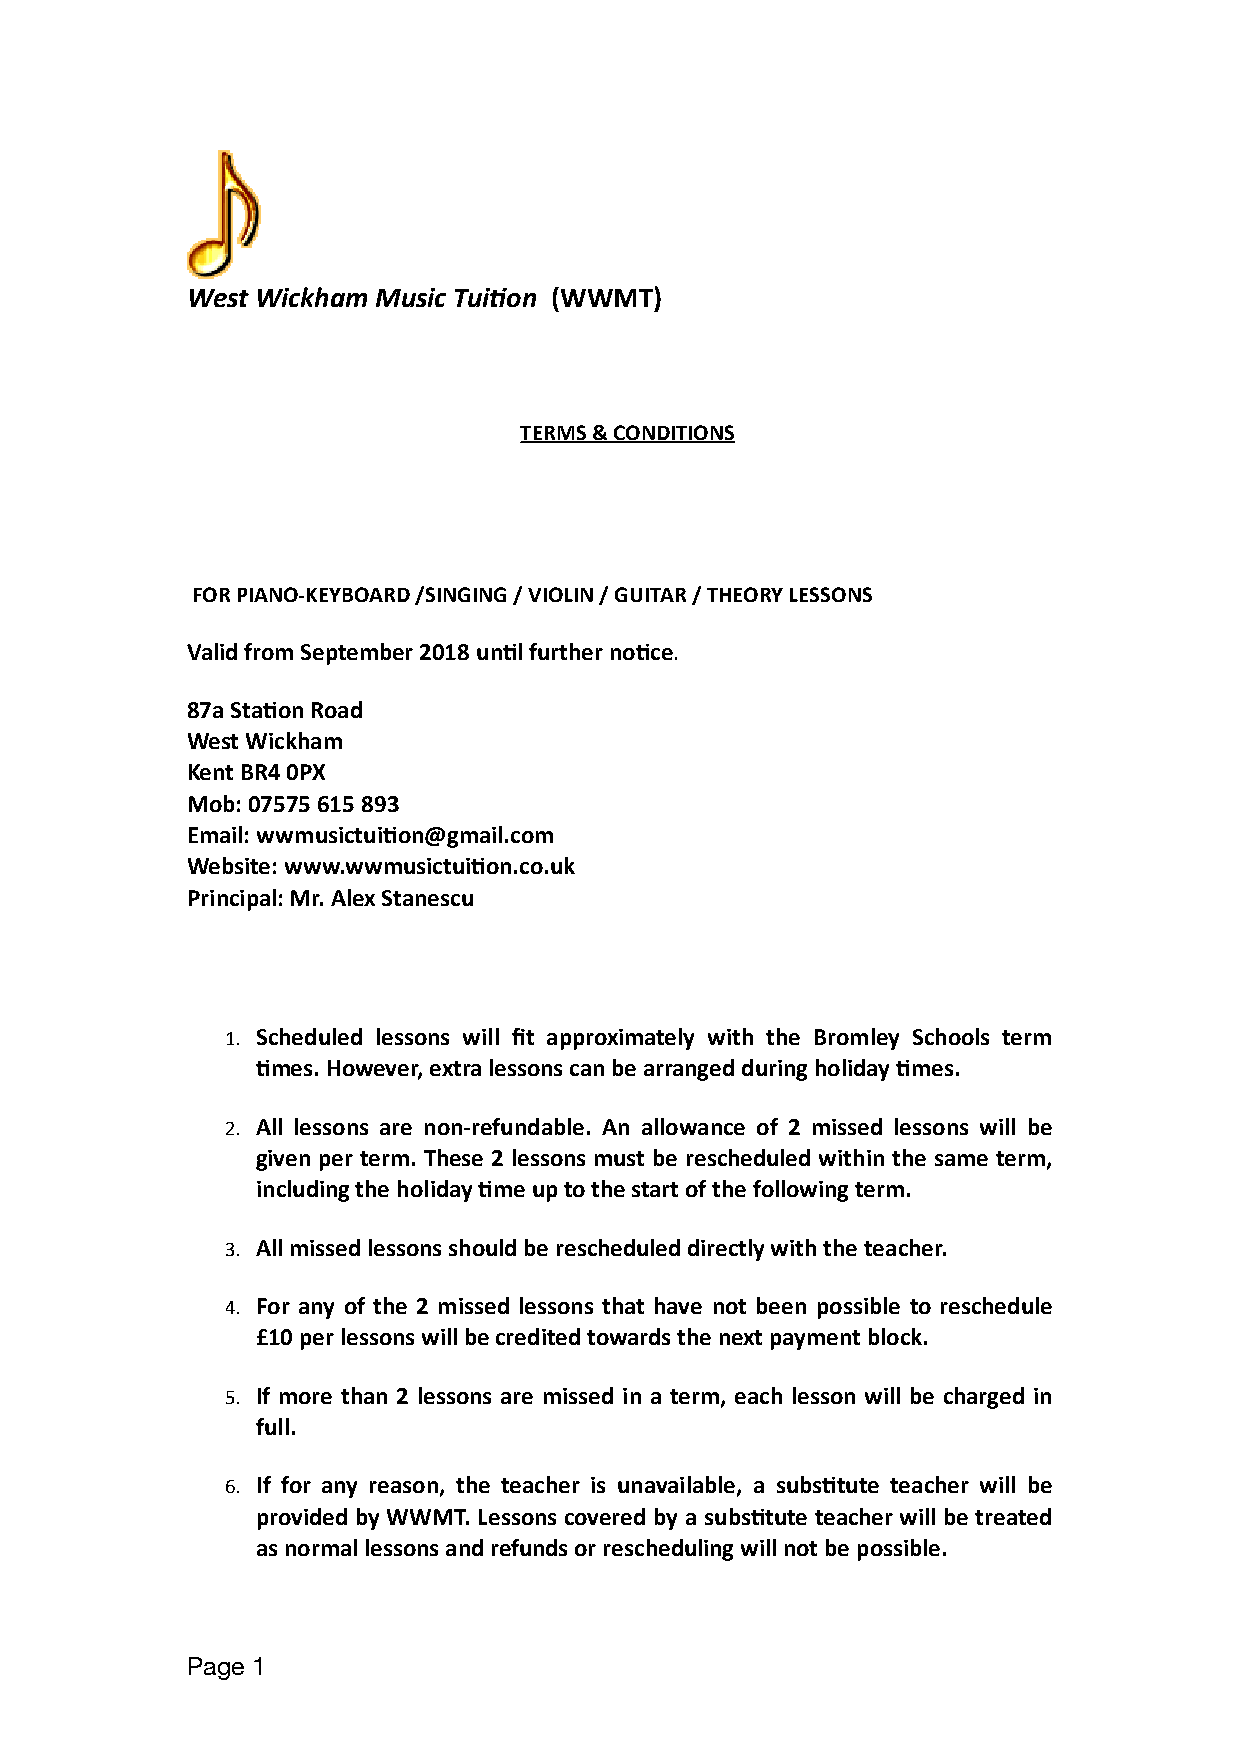
West Wickham Music Tui/on (WWMT)
 TERMS & CONDITIONS
 FOR PIANO-KEYBOARD /SINGING / VIOLIN / GUITAR / THEORY LESSONS
 Valid from September 2018 unOl further noOce.
 87a StaOon Road
 West Wickham
 Kent BR4 0PX
 Mob: 07575 615 893
 Email: wwmusictuiOon@gmail.com
 Website: www.wwmusictuiOon.co.uk
 Principal: Mr. Alex Stanescu
 1. Scheduled lessons will fit approximately with the Bromley Schools term
 Omes. However, extra lessons can be arranged during holiday Omes.
 2. All lessons are non-refundable. An allowance of 2 missed lessons will be
 given per term. These 2 lessons must be rescheduled within the same term,
 including the holiday Ome up to the start of the following term.
 3. All missed lessons should be rescheduled directly with the teacher.
 4. For any of the 2 missed lessons that have not been possible to reschedule
 £10 per lessons will be credited towards the next payment block.
 5. If more than 2 lessons are missed in a term, each lesson will be charged in
 full.
 6. If for any reason, the teacher is unavailable, a subsOtute teacher will be
 provided by WWMT. Lessons covered by a subsOtute teacher will be treated
 as normal lessons and refunds or rescheduling will not be possible.
 Page 1